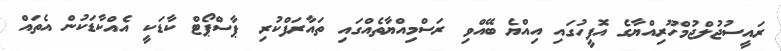
ރައީސުޖުލްޖުމްހޫރިއްޔާގެ އޮފީހުގައި އިއްޔެ ބޭއްވި ރަސްމިއްޔާތެއްގައި ތައާރަފްކުރި ޕާސްޕޯޓް ކާޑަކީ އެއްކާޑަކުން އެތައް